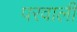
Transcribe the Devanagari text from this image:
परवाली